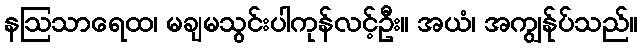
နဩသာရေထ၊ မချမသွင်းပါကုန်လင့်ဦး။ အယံ၊ အကျွန်ုပ်သည်။